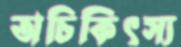
অচিকিৎস্য